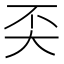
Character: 奀